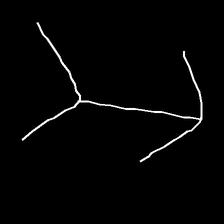
Glyph: gather